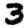
Digit: 3